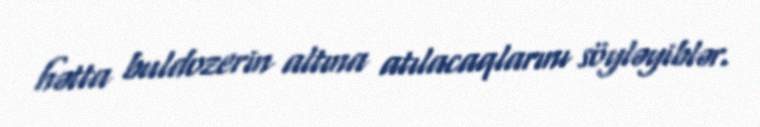
hətta buldozerin altına atılacaqlarını söyləyiblər.